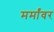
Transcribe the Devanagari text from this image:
मर्मांवर